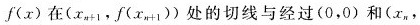
f ( x )$$在($$x _ { n + 1 }$$，$$f ( x _ { n + 1 } )$$)处的切线与经过(0，0)和(x_{n}，